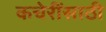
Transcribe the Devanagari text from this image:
कचेरींसाठी